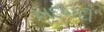
ખદબદી